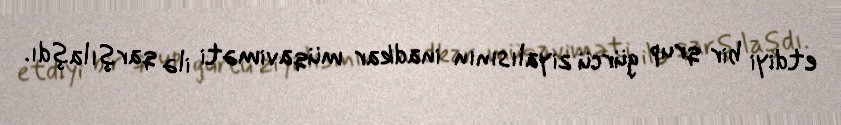
etdiyi bir qrup gürcü ziyalısının inadkar müqaviməti ilə qarşılaşdı.